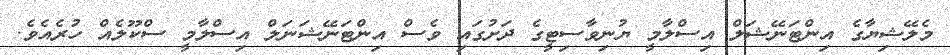
މެލޭޝިޔާގެ އިންޓަނޭޝަލް އިސްލާމީ ޔުނިވާސިޓީގެ ދަށުގައި ވެސް އިންޓަނޭޝަނަލް އިސްލާމީ ސްކޫލެއް ހުރެއެވެ.